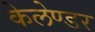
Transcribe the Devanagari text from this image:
केलेण्डर